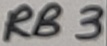
Text: RB3